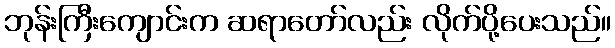
ဘုန်းကြီးကျောင်းက ဆရာတော်လည်း လိုက်ပို့ပေးသည်။